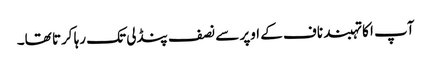
آپ ا کا تہبند ناف کے اوپر سے نصف پنڈلی تک رہا کرتا تھا۔